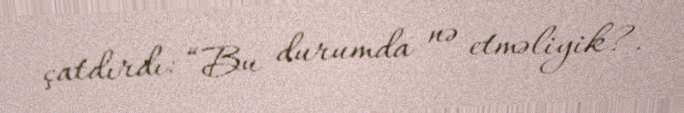
çatdırdı: “Bu durumda nə etməliyik?.